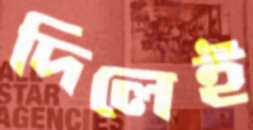
দিলেই